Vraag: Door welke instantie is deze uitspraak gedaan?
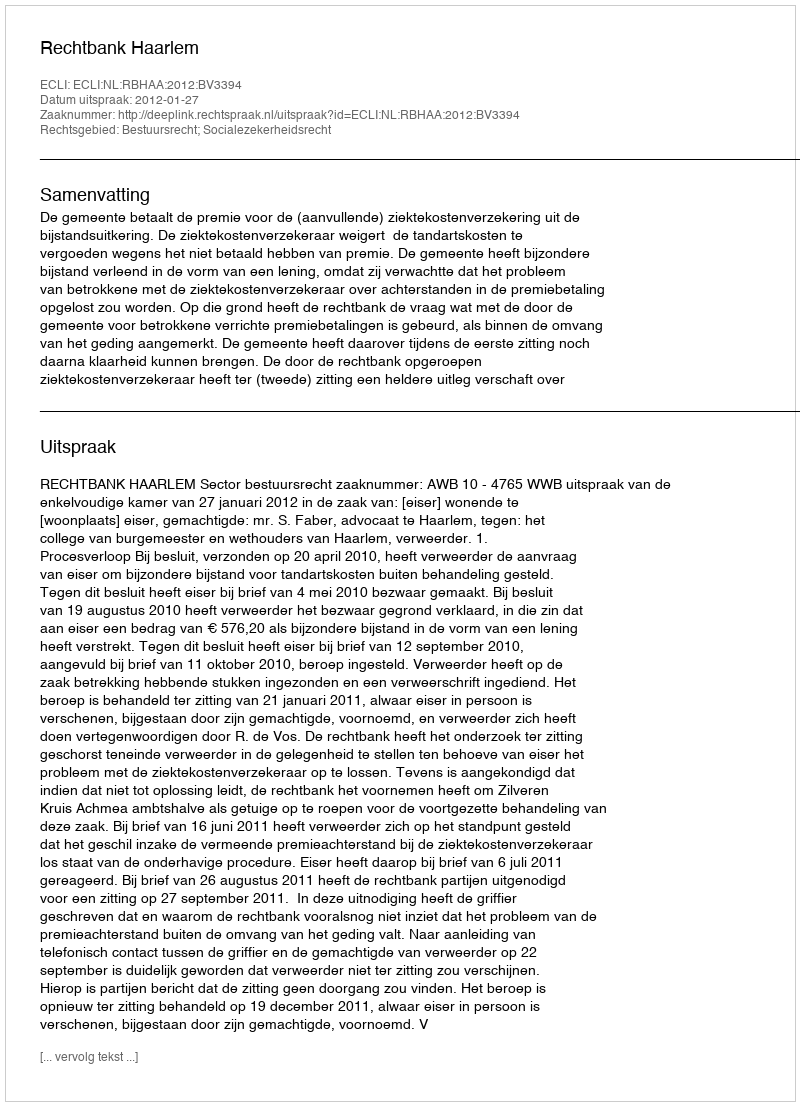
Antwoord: Rechtbank Haarlem